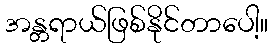
အန္တရာယ်ဖြစ်နိုင်တာပေါ့။